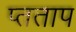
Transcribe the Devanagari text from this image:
प्तताप